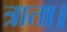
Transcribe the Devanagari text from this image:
त्राता।